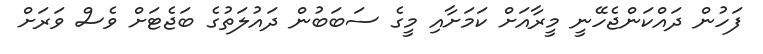
ފަހުން ދައްކަންޖެހޭނީ މީރާއަށް ކަމަށާއި މީގެ ސަބަބުން ދައުލަތުގެ ބަޖެޓަށް ވެސް ވަރަށް